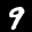
Digit: 9